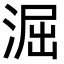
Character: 淈